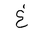
Letter: _gayn